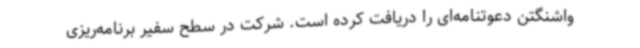
واشنگتن دعوتنامه‌ای را دریافت کرده است. شرکت در سطح سفیر برنامه‌ریزی